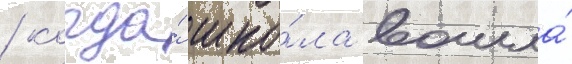
/ когда́ шко́ла вошла́